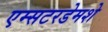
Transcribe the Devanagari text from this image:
एम्सटरडेमशे